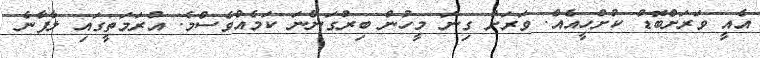
އެެއީ ވަރަށްބޮޑު ކުށްހީއެއް. ވަރަށް ގިނަ މީހުން ބިރުގަންނަ ކަމެއްވެސްމެ. އުރަމަތީގައި ލާފާނެ